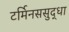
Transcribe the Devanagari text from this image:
टर्मिनससुद्धा